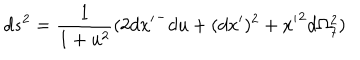
LaTeX: d s ^ { 2 } = \frac { 1 } { 1 + u ^ { 2 } } ( 2 { d x ^ { \prime } } ^ { - } d u + ( d x ^ { \prime } ) ^ { 2 } + { x ^ { \prime } } ^ { 2 } d \Omega _ { 7 } ^ { 2 } )